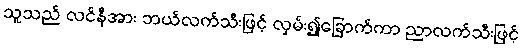
သူသည် လင်နီအား ဘယ်လက်သီးဖြင့် လှမ်း၍ခြောက်ကာ ညာလက်သီးဖြင့်